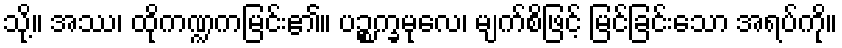
သို့။ အဿ၊ ထိုကဏ္ဍကမြင်း၏။ ပဉ္စက္ခမုလေ၊ မျက်စိဖြင့် မြင်ခြင်းသော အရပ်ကို။